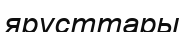
ярусттары